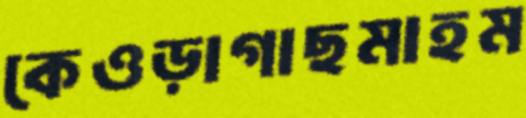
কেওড়াগাছমাহম